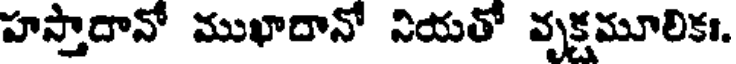
హస్తాదానో ముఖాదానో నియతో వృక్షమూలికః.